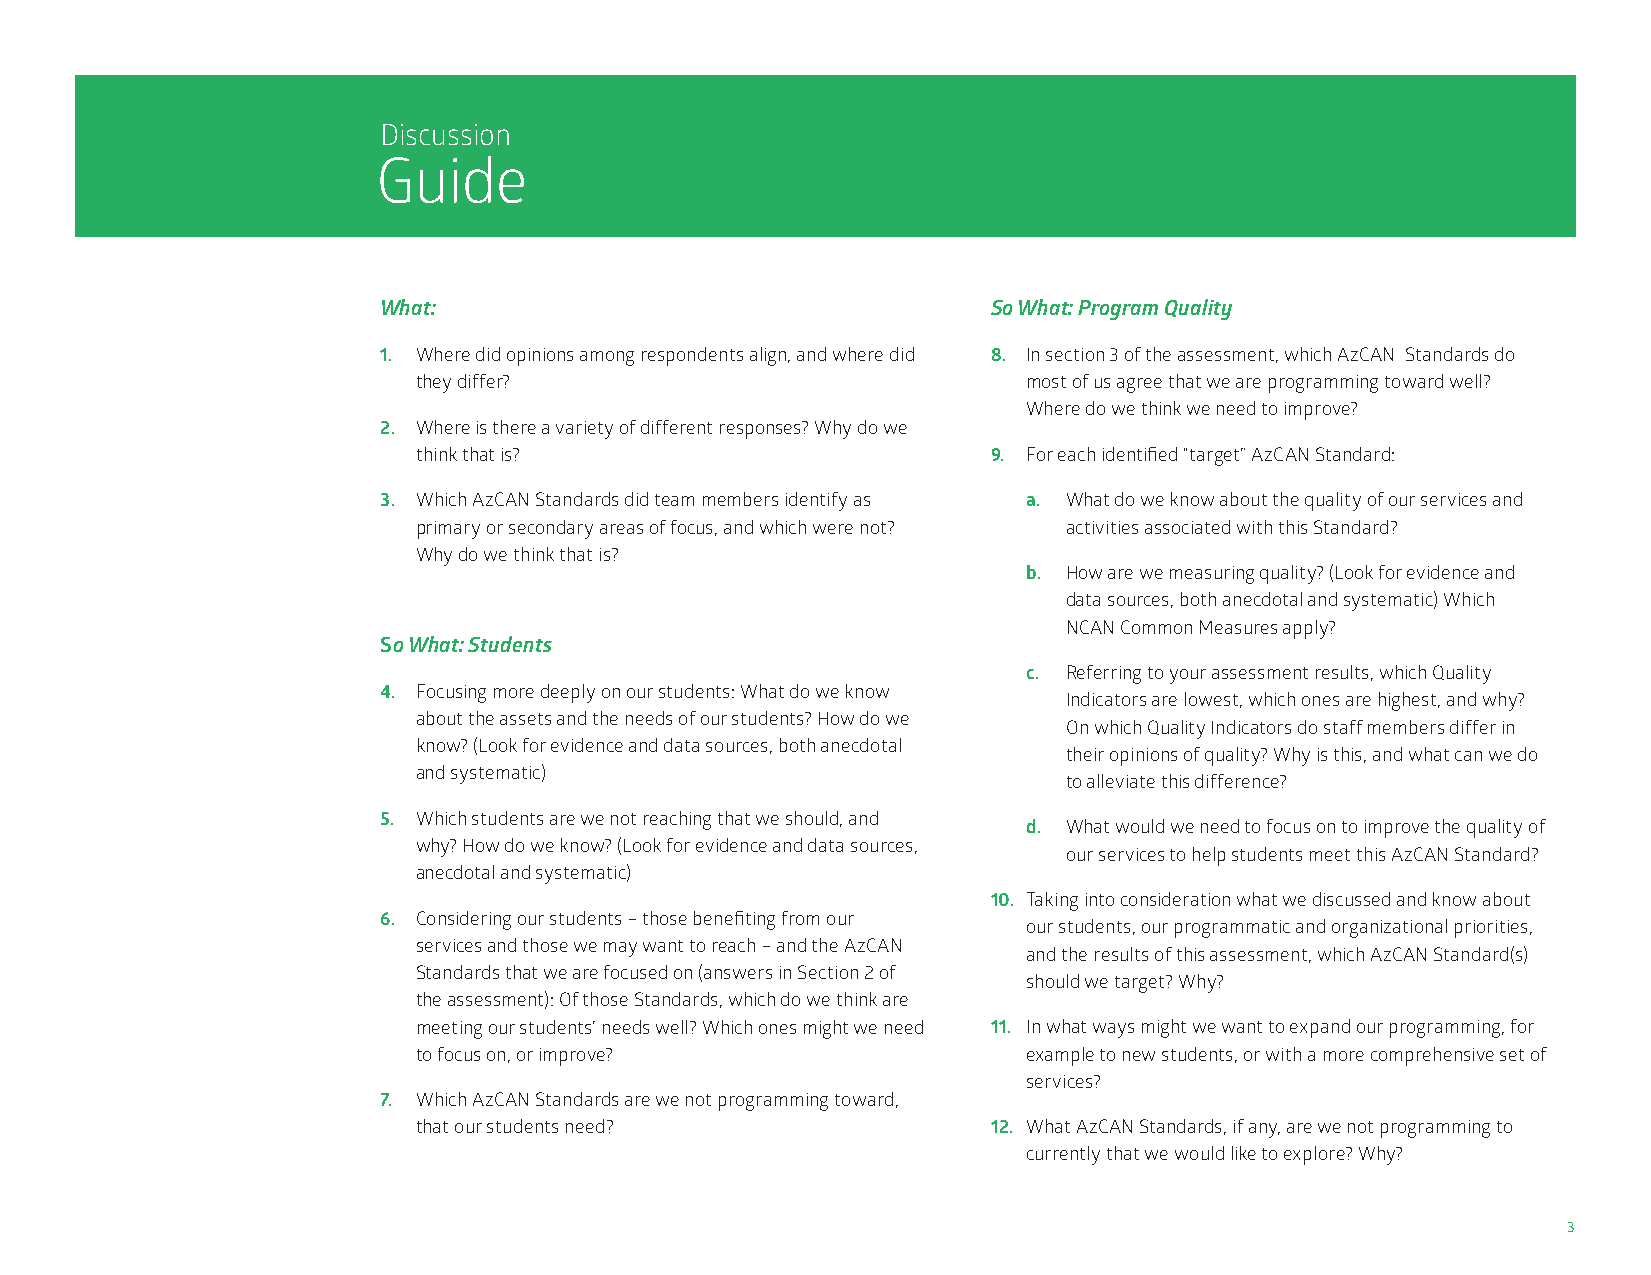
Discussion
 Guide
 What:                                    So What: Program Quality
 1. Where did opinions among respondents align, and where did 8. In section 3 of the assessment, which AzCAN Standards do
 they differ?                            most of us agree that we are programming toward well?
 Where do we think we need to improve?
 2. Where is there a variety of different responses? Why do we
 think that is?                        9. For each identified “target” AzCAN Standard:
 3. Which AzCAN Standards did team members identify as a. What do we know about the quality of our services and
 primary or secondary areas of focus, and which were not? activities associated with this Standard?
 Why do we think that is?
 b. H ow are we measuring quality? (Look for evidence and
 data sources, both anecdotal and systematic) Which
 NCAN Common Measures apply?
 So What: Students
 c. Referring to your assessment results, which Quality
 4. Focusing more deeply on our students: What do we know
 Indicators are lowest, which ones are highest, and why?
 about the assets and the needs of our students? How do we
 On which Quality Indicators do staff members differ in
 know? (Look for evidence and data sources, both anecdotal
 their opinions of quality? Why is this, and what can we do
 and systematic)
 to alleviate this difference?
 5. Which students are we not reaching that we should, and
 d. What would we need to focus on to improve the quality of
 why? How do we know? (Look for evidence and data sources,
 our services to help students meet this AzCAN Standard?
 anecdotal and systematic)
 10. Taking into consideration what we discussed and know about
 6. C onsidering our students – those benefiting from our
 our students, our programmatic and organizational priorities,
 services and those we may want to reach – and the AzCAN
 and the results of this assessment, which AzCAN Standard(s)
 Standards that we are focused on (answers in Section 2 of
 should we target? Why?
 the assessment): Of those Standards, which do we think are
 meeting our students’ needs well? Which ones might we need 11. In what ways might we want to expand our programming, for
 to focus on, or improve?                example to new students, or with a more comprehensive set of
 services?
 7. Which AzCAN Standards are we not programming toward,
 that our students need?               12. What AzCAN Standards, if any, are we not programming to
 currently that we would like to explore? Why?
 3